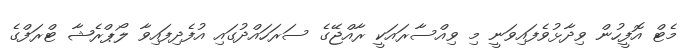
މެޓް އޮފީހުން ވިދާޅުވެފައިވަނީ މި ވިއްސާރައަކީ ރާއްޖޭގެ ސަރަހައްދުގައި އުފެދިފައިވާ ލޯޕްރެޝާ ޓްރަފްގެ